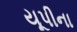
યૂપીના